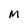
Character: M